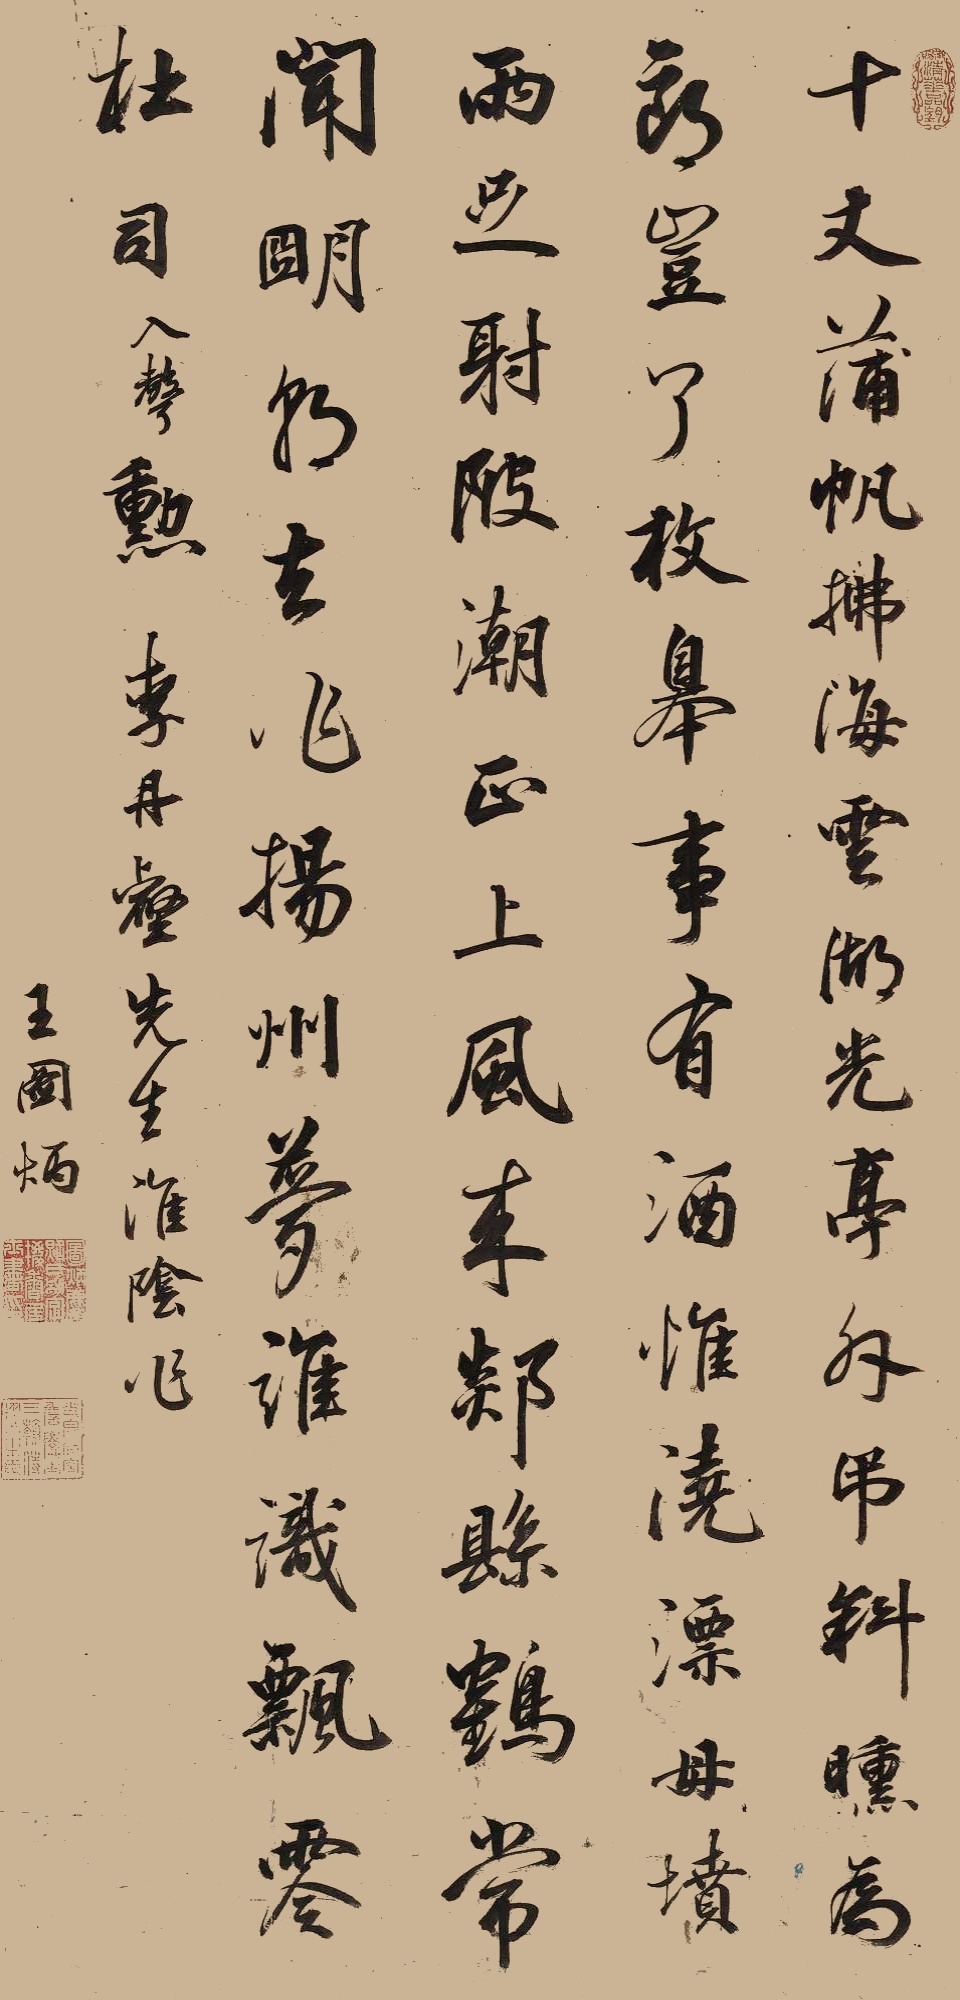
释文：十丈蒲帆拂海云，湖光亭外吊斜曛。为郎岂了杖皋事，有酒惟浇漂母坟。雨足射陂潮正上，风来郑县鹤常闻，明朝去作扬州梦，谁识飘零杜司勋。李丹壑先生淮阴作。王图炳。